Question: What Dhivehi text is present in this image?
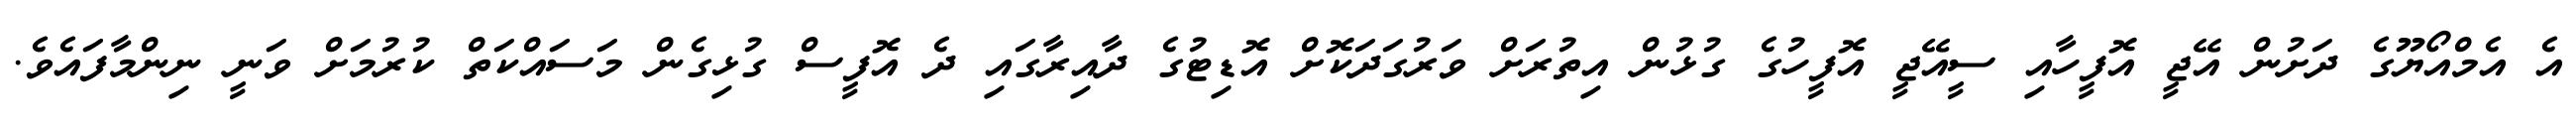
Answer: އެ އެމްއޯޔޫގެ ދަށުން އޭޖީ އޮފީހާއި ސީއޭޖީ އޮފީހުގެ ގުޅުން އިތުރަށް ވަރުގަދަކޮށް އޮޑިޓުގެ ދާއިރާގައި ދެ އޮފީސް ގުޅިގެން މަސައްކަތް ކުރުމަށް ވަނީ ނިންމާފައެވެ.